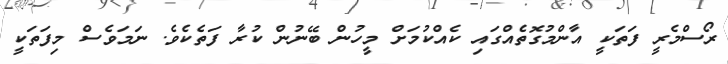
ރޯސްމެރީ ފަތަކީ އާންމުގޮތެއްގައި ކެއްކުމަށް މީހުން ބޭނުން ކުރާ ފަތެކެވެ. ނަމަވެސް މިފަތަކީ